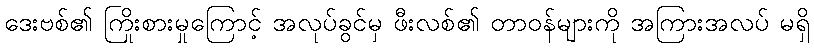
ဒေးဗစ်၏ ကြိုးစားမှုကြောင့် အလုပ်ခွင်မှ ဖီးလစ်၏ တာဝန်များကို အကြားအလပ် မရှိ